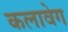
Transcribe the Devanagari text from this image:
कलावेग